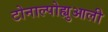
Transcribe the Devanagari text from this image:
टोनाल्पोह्युआली